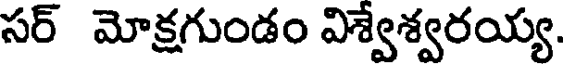
సర్ మోక్షగుండం విశ్వేశ్వరయ్య.